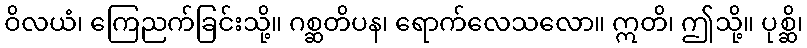
ဝိလယံ၊ ကြေညက်ခြင်းသို့။ ဂစ္ဆတိပန၊ ရောက်လေသလော။ ဣတိ၊ ဤသို့။ ပုစ္ဆိ၊